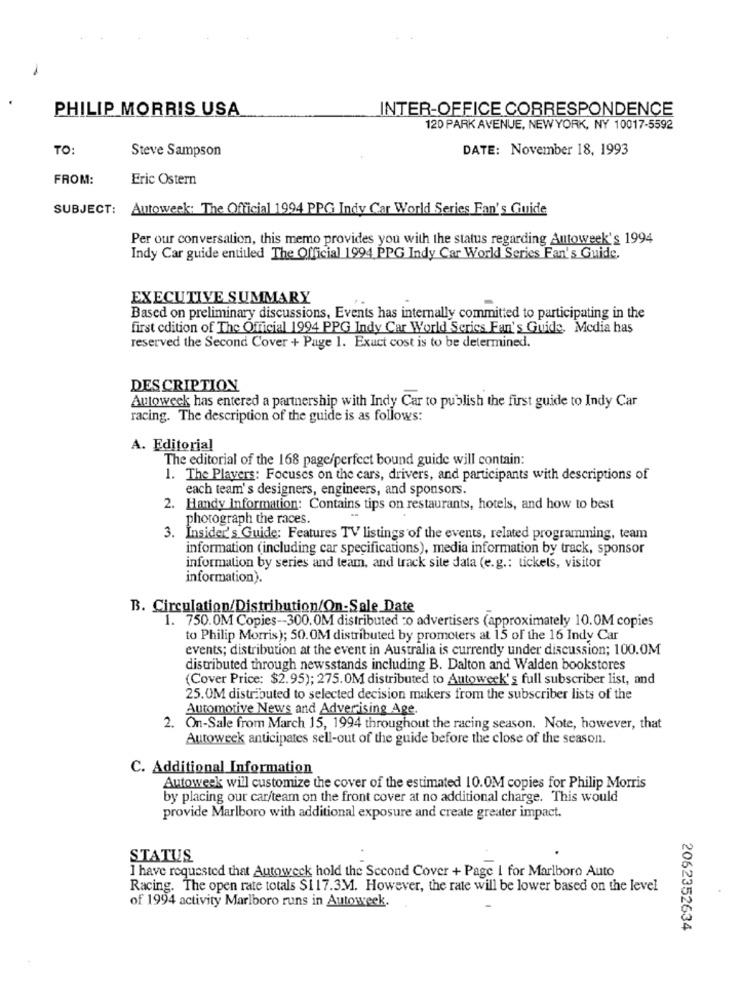
PHILIP MORRIS USA
INTER-OFFICE CORRESPONDENCE
120 PARK AVENUE, NEWYORK, NY 10017-5592
TO:
Steve Sampson
DATE: November 18, 1993
FROM:
Eric Ostern
SUBJECT: Autoweek: The Official 1994 PPG Indy Car World Series Fan's Guide
Per our conversation, this memo provides you with the status regarding Autoweek's 1994
Indy Car guide entitled The Official 1994 PPG Indy Car World Series Fan's Guide.
EXECUTIVE SUMMARY
Based on preliminary discussions, Events has internally committed to participating in the
first edition of The Official 1994 PPG Indy Car World Series Fan's Guide, Media has
reserved the Second Cover + Page 1. Exact cost is to be determined.
DESCRIPTION
Autoweek has entered a partnership with Indy Car to publish the first guide to Indy Car
racing. The description of the guide is as follows:
A. Editorial
The editorial of the 168 page/perfect bound guide will contain:
1. The Players: Focuses on the cars, drivers, and participants with descriptions of
each team's designers, engineers, and sponsors.
2. Handy Information: Contains tips on restaurants, hotels, and how to best
photograph the races.
3. Insider's Guide: Features TV listings of the events, related programming, team
information (including car specifications), media information by track, sponsor
information by series and team, and track site data (e.g .: tickets, visitor
information).
B. Circulation/Distribution/On-Sale Date
1. 750.0M Copies -- 300.OM distributed :o advertisers (approximately 10.OM copies
to Philip Morris); 50.OM distributed by promoters at 15 of the 16 Indy Car
events; distribution at the event in Australia is currently under discussion; 100.0M
distributed through newsstands including B. Dalton and Walden bookstores
(Cover Price: $2.95); 275.0M distributed to Autoweek's full subscriber list, and
25.0M distributed to selected decision makers from the subscriber lists of the
Automotive News and Advertising Age
2. On-Sale from March 15, 1994 throughout the racing season. Note, however, that
Autoweek anticipates sell-out of the guide before the close of the season.
C. Additional Information
Autoweek will customize the cover of the estimated 10.0M copies for Philip Morris
by placing our car/team on the front cover at no additional charge. This would
provide Marlboro with additional exposure and create greater impact.
STATUS
I have requested that Autoweck hold the Second Cover + Page I for Marlboro Auto
Racing. The open rate totals $1 17.3M1. However, the rate will be lower based on the level
of 1994 activity Marlboro runs in Autoweek.
2062352634